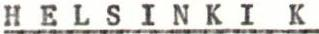
HELSINKI K